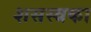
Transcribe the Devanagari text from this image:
शसस्त्रका